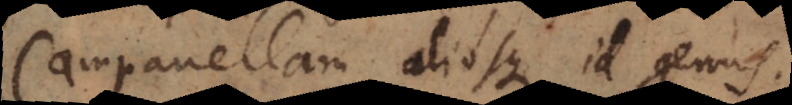
Campanellam aliosque id genus.